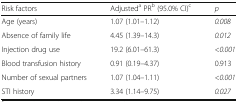
| Risk factors | Adjusteda PRb (95.0% CI)c | p |
 | --- | --- | --- |
 | Age (years) | 1.07 (1.01–1.12) | 0.008 |
 | Absence of family life | 4.45 (1.39–14.3) | 0.012 |
 | Injection drug use | 19.2 (6.01–61.3) | <0.001 |
 | Blood transfusion history | 0.91 (0.19–4.37) | 0.913 |
 | Number of sexual partners | 1.07 (1.04–1.11) | <0.001 |
 | STI history | 3.34 (1.14–9.75) | 0.027 |